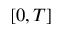
[ 0 , T ]